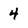
Character: 4